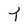
Character: T